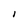
Character: I